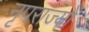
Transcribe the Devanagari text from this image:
नृपराज्यों